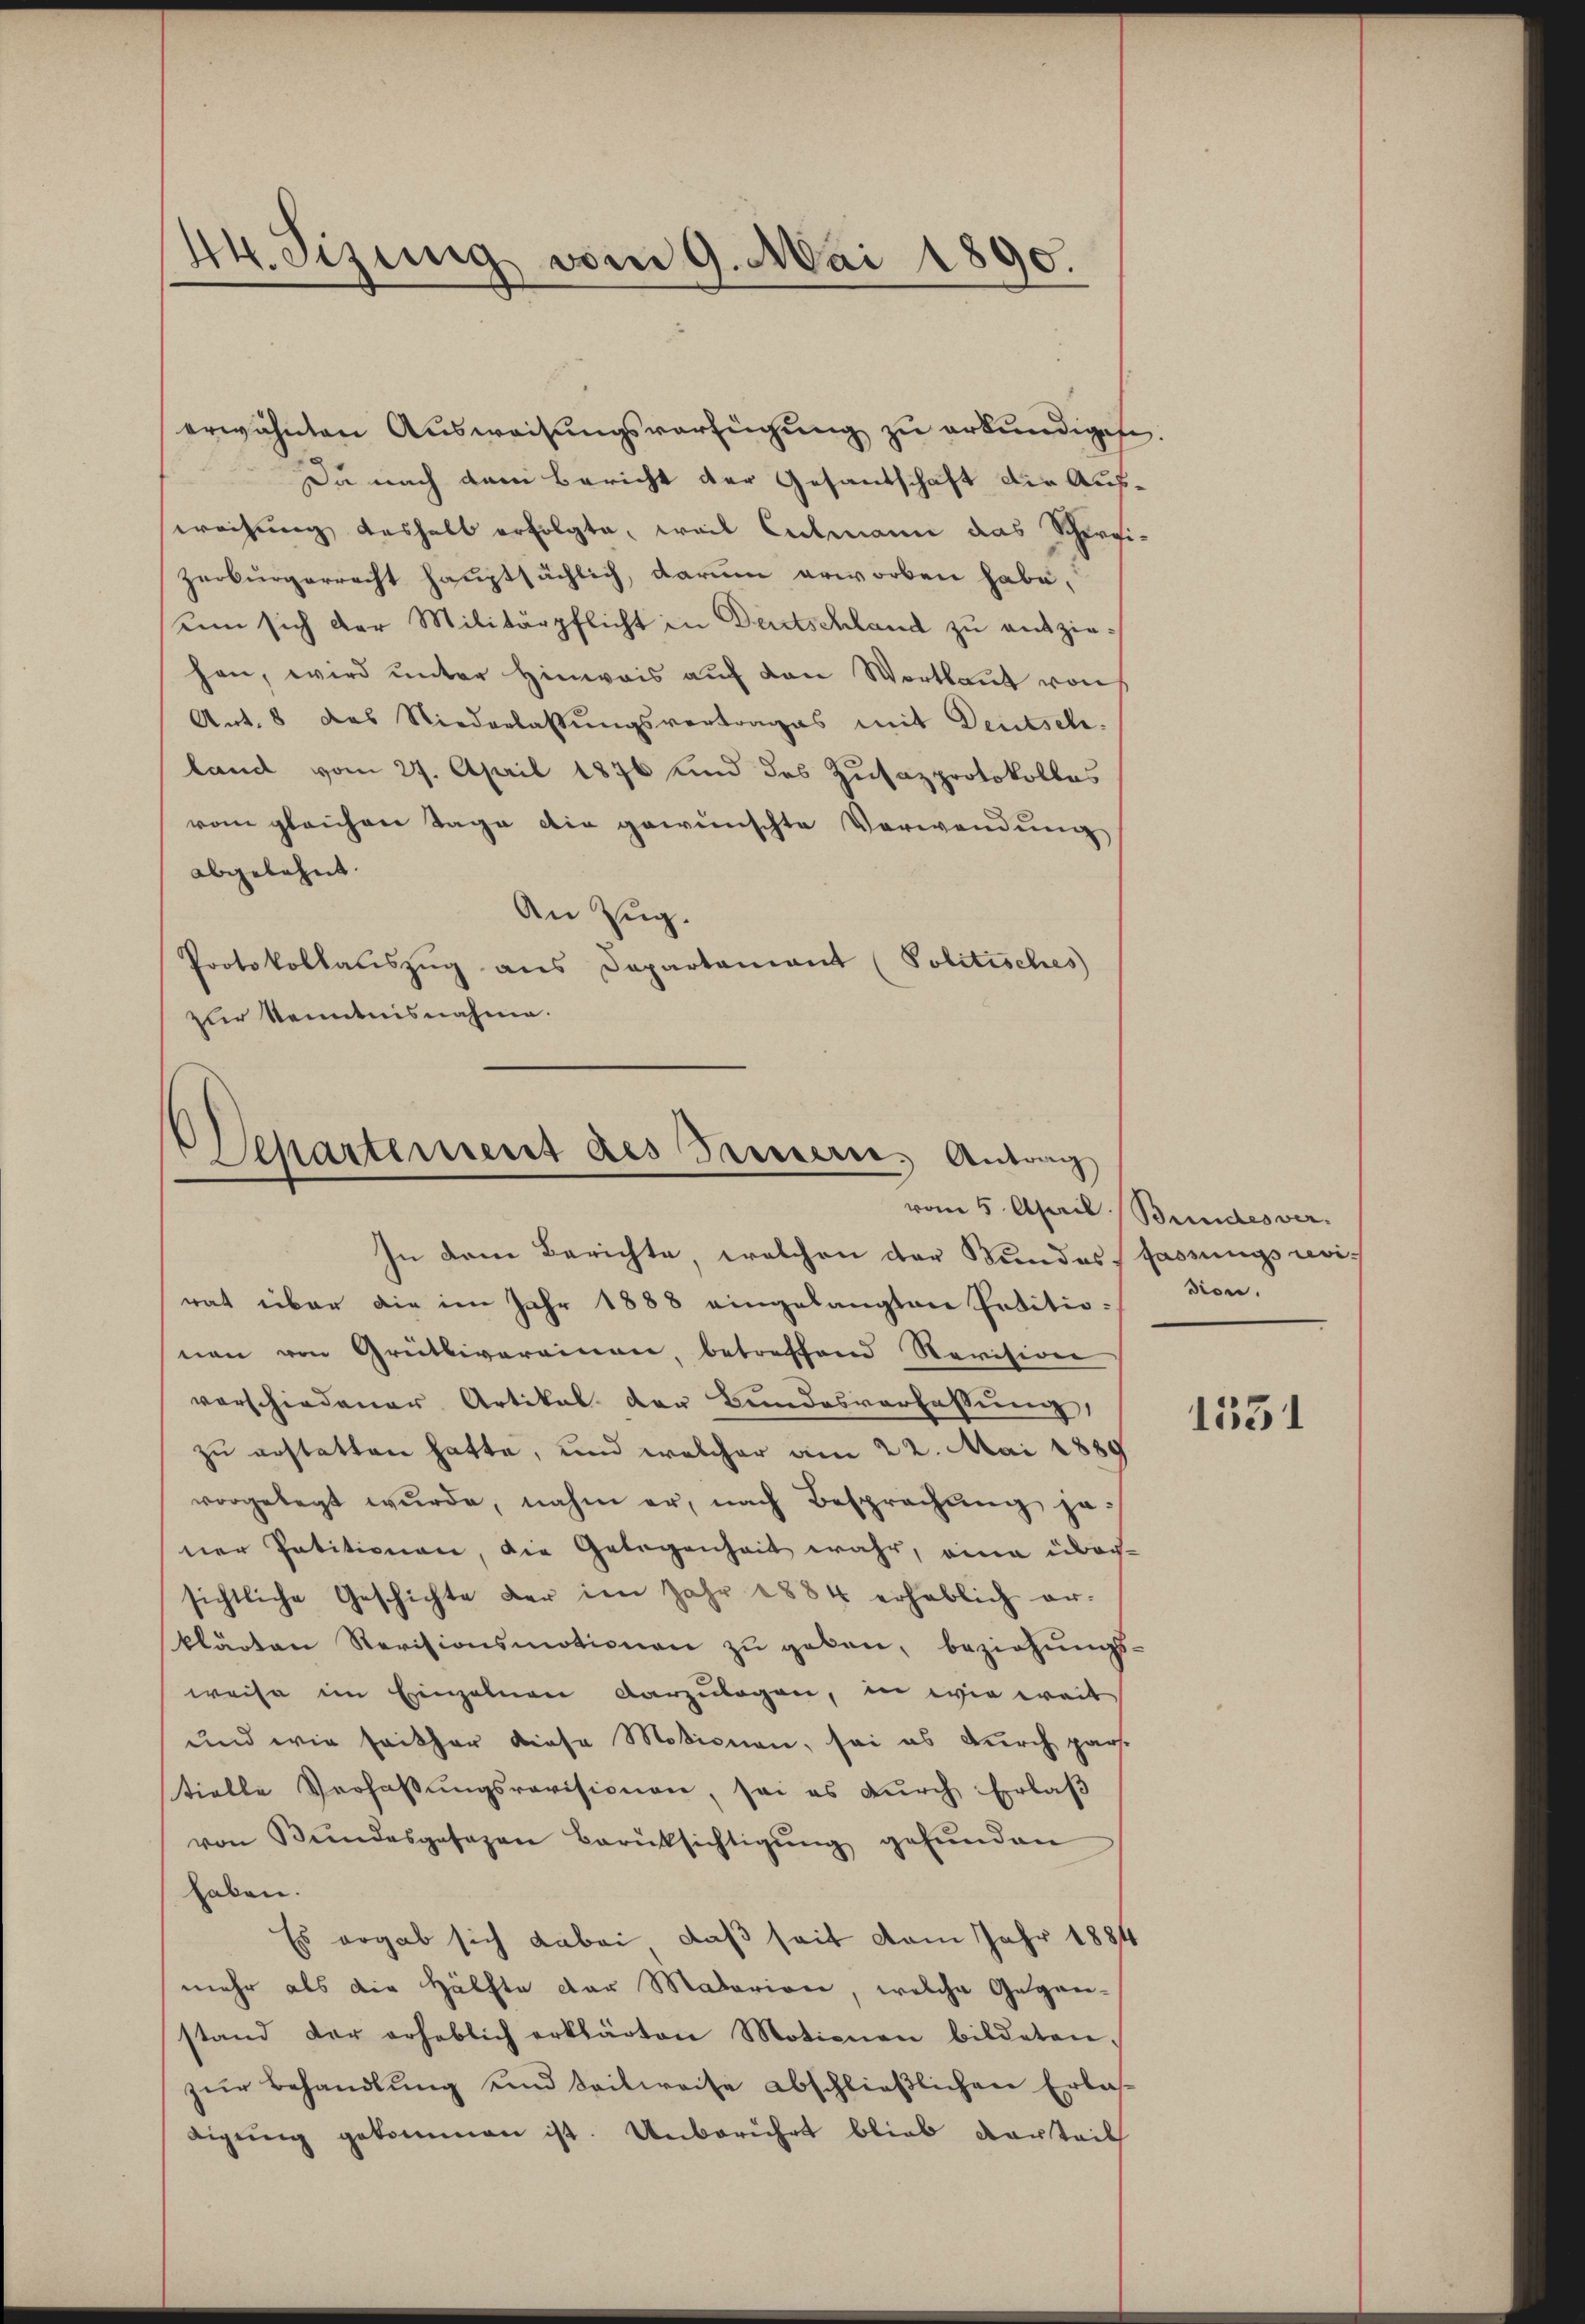
44. Sizung vom 9. Mai 1890.

erwähnten Ausweisungsverfügung zu erkundigen.
Du nach dem Bericht der Gesandschaft die Ausweihung deshalb erfolgte, weil Culmann das Scherizerbürgerrecht hauptsächlich, darum erworben habe,
unn sich der Militärpflicht in Deutschland zu entziehen, wird ŭnter Hinweis aŭf den Wortlaut von
Ant. 8 das Niederlassŭngsvertrages mit Deutsch-
land vom 27. April 1876 sind des Zusazprotokolles
vom gleichen Tage die gewünschte Verwendung
abgelehnt.
An Zug.
Protokollanszŭg ans Departamant (Politisches
zur Kenntnisnahme.

Separtement des Tasserer, Antrach

In dem Berichte, welchen der Bundesfassungsrevirat über die im Jahr 1888 eingelangten Petitionen von Grütliverainen, betreffend Revision
vorschiedener Artikal der Bundesverfassung,
zu erstatten hatte, und welcher am 22. Mai 1889
vorgelegt wŭrde, nahm er, nach Besprechung je-
ner Petitionen, die Gelegenheit wahr, eine über-
sichtliche Geschichte der im Jahr 1884 erheblich er-
klärten Revisionsmotionen zu geben, beziehungs-
weise im Einzelnen darzulagen, in wie weit
und wie seither diese Motionen, sei es durch pars.
tielle Verhaβŭngsrevisionen, sei es dŭrch Erlaβ
von Bŭndesgesezen Berüksichtigŭng gefŭnden
haben.
Es ergab sich dabei, daß seit vom Jahr 1884
mehr als die Hälfte der Materion, welche Gegen-
stand der erheblich erklärten Motionen bildeten.
zŭr Behandlŭng und teilweise abschlieβlichen Erlas-
digŭng gekommen ist. Unberührt blieb vorteil

vom 5. April Bundesver
dion.

1531